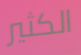
الكثير